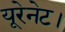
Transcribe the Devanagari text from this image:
यूरेनेट।